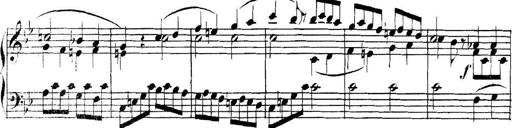
Title: Collected Piano Sonatas
Composer: Muzio Clementi